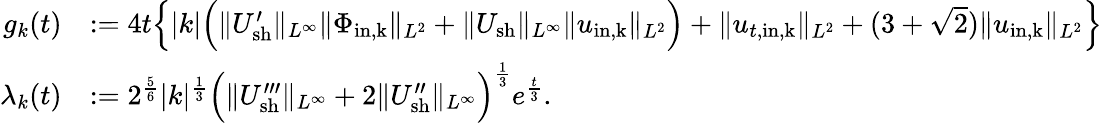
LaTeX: \begin{array}{rl}{g_{k}(t)}&{:=4t\Big\{ |k|\Big(\| U_{\mathrm{sh}}^{\prime}\| _{L^{\infty}}\| \Phi_{\mathrm{in,k}}\| _{L^{2}}+\| U_{\mathrm{sh}}\| _{L^{\infty}}\| u_{\mathrm{in,k}}\| _{L^{2}}\Big)+\| u_{t,\mathrm{in,k}}\| _{L^{2}}+(3+\sqrt{2})\| u_{\mathrm{in,k}}\| _{L^{2}}\Big\} }\\ {\lambda_{k}(t)}&{:=2^{\frac{5}{6}}|k|^{\frac{1}{3}}\Big(\| U_{\mathrm{sh}}^{\prime\prime\prime}\| _{L^{\infty}}+2\| U_{\mathrm{sh}}^{\prime\prime}\| _{L^{\infty}}\Big)^{\frac{1}{3}}e^{\frac{t}{3}}.}\end{array}